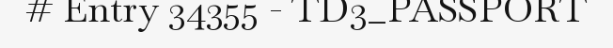
# Entry 34355 - TD3_PASSPORT